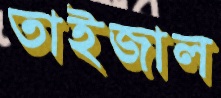
তাইজাল